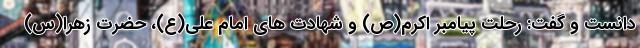
دانست و گفت: رحلت پیامبر اکرم(ص) و شهادت های امام علی(ع)، حضرت زهرا(س)